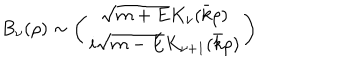
LaTeX: B _ { \nu } ( \rho ) \sim \left( \begin{array} { c } { { \sqrt { m + E } K _ { \nu } ( \bar { k } \rho ) } } \\ { { i \sqrt { m - E } K _ { \nu + 1 } ( \bar { k } \rho ) } } \\ \end{array} \right)